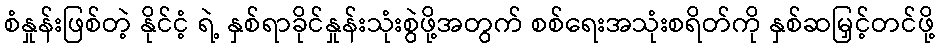
စံနှုန်းဖြစ်တဲ့ နိုင်ငံ့ ရဲ့ နှစ်ရာခိုင်နှုန်းသုံးစွဲဖို့အတွက် စစ်ရေးအသုံးစရိတ်ကို နှစ်ဆမြှင့်တင်ဖို့